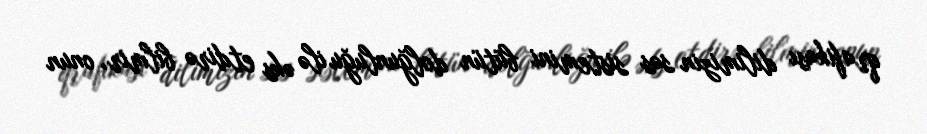
qrafikası dilimizin səs sistemini bütün dolğunluğu ilə əks etdirə bilmir, onun